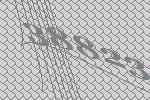
38823